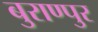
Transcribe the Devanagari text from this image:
बुराण्पुर